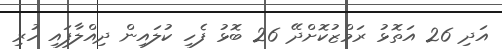
އަދި 26 އަތޮޅު ރަމްޒުކޮށްދޭ 26 ބޮޅު ފެހި ކުލައިން ދިއްލާފައި ހުރި